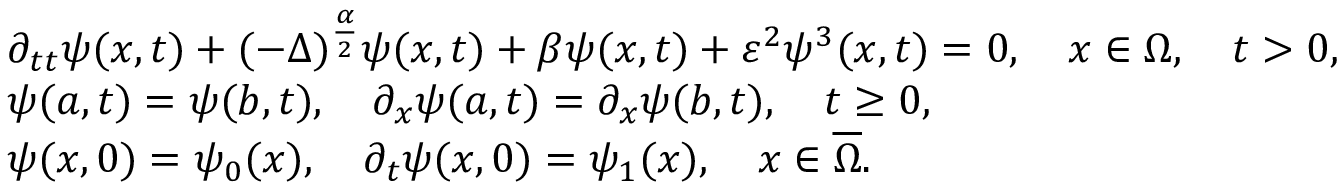
\begin{array} { r l } & { \partial _ { t t } \psi ( x , t ) + ( - \Delta ) ^ { \frac { \alpha } { 2 } } \psi ( x , t ) + \beta \psi ( x , t ) + \varepsilon ^ { 2 } \psi ^ { 3 } ( x , t ) = 0 , \quad x \in \Omega , \quad t > 0 , } \\ & { \psi ( a , t ) = \psi ( b , t ) , \quad \partial _ { x } \psi ( a , t ) = \partial _ { x } \psi ( b , t ) , \quad t \geq 0 , } \\ & { \psi ( x , 0 ) = \psi _ { 0 } ( x ) , \quad \partial _ { t } \psi ( x , 0 ) = \psi _ { 1 } ( x ) , \quad x \in \overline { { \Omega } } . } \end{array}